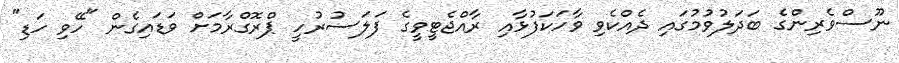
ނޫސްވެރިންގެ ބަދަލުވުމުގައި ދެއްކެވި ވާހަކަފުޅާއި ރާއްޖެޓީވީގެ ފަލަސުރުހީ ޕްރޮގްރާމަށް ވަޑައިގެން "ހޭވި ހަޑި"